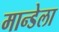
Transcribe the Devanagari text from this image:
मान्डेला